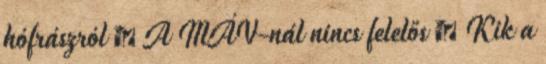
hófrászról ¤ A MÁV-nál nincs felelős ¤ Kik a